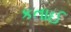
કતાઈ